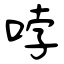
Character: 哱